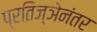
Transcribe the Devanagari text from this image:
प्रतिज्ञेनंतर